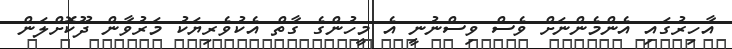
އާހިރުގައި އެންމެންނަށް ވެސް ވިސްނުނީ އެ މީހުންގެ ގާތް އެކުވެރިޔަކު މަރުވާން ދޫކޮށްލަން